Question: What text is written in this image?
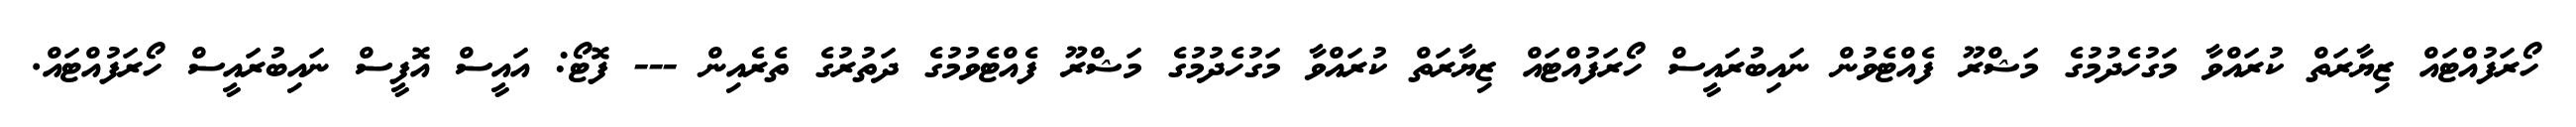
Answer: ހޯރަފުއްޓައް ޒިޔާރަތް ކުރައްވާ މަގުހެދުމުގެ މަޝްރޫ ފެއްޓެވުން ނައިބުރައީސް ހޯރަފުއްޓައް ޒިޔާރަތް ކުރައްވާ މަގުހެދުމުގެ މަޝްރޫ ފެއްޓެވުމުގެ ދަތުރުގެ ތެރެއިން --- ފޮޓޯ: އައީސް އޮފީސް ނައިބުރައީސް ހޯރަފުއްޓައް.